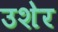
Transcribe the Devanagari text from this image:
उशेर